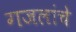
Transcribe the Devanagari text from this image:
गजलांचे